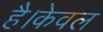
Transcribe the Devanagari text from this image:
है।केवल